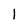
Character: l